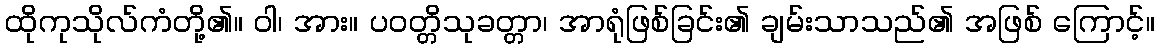
ထိုကုသိုလ်ကံတို့၏။ ဝါ၊ အား။ ပဝတ္တိသုခတ္တာ၊ အာရုံဖြစ်ခြင်း၏ ချမ်းသာသည်၏ အဖြစ် ကြောင့်။